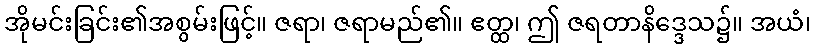
အိုမင်းခြင်း၏အစွမ်းဖြင့်။ ဇရာ၊ ဇရာမည်၏။ ဧတ္ထ၊ ဤ ဇရတာနိဒ္ဒေသ၌။ အယံ၊